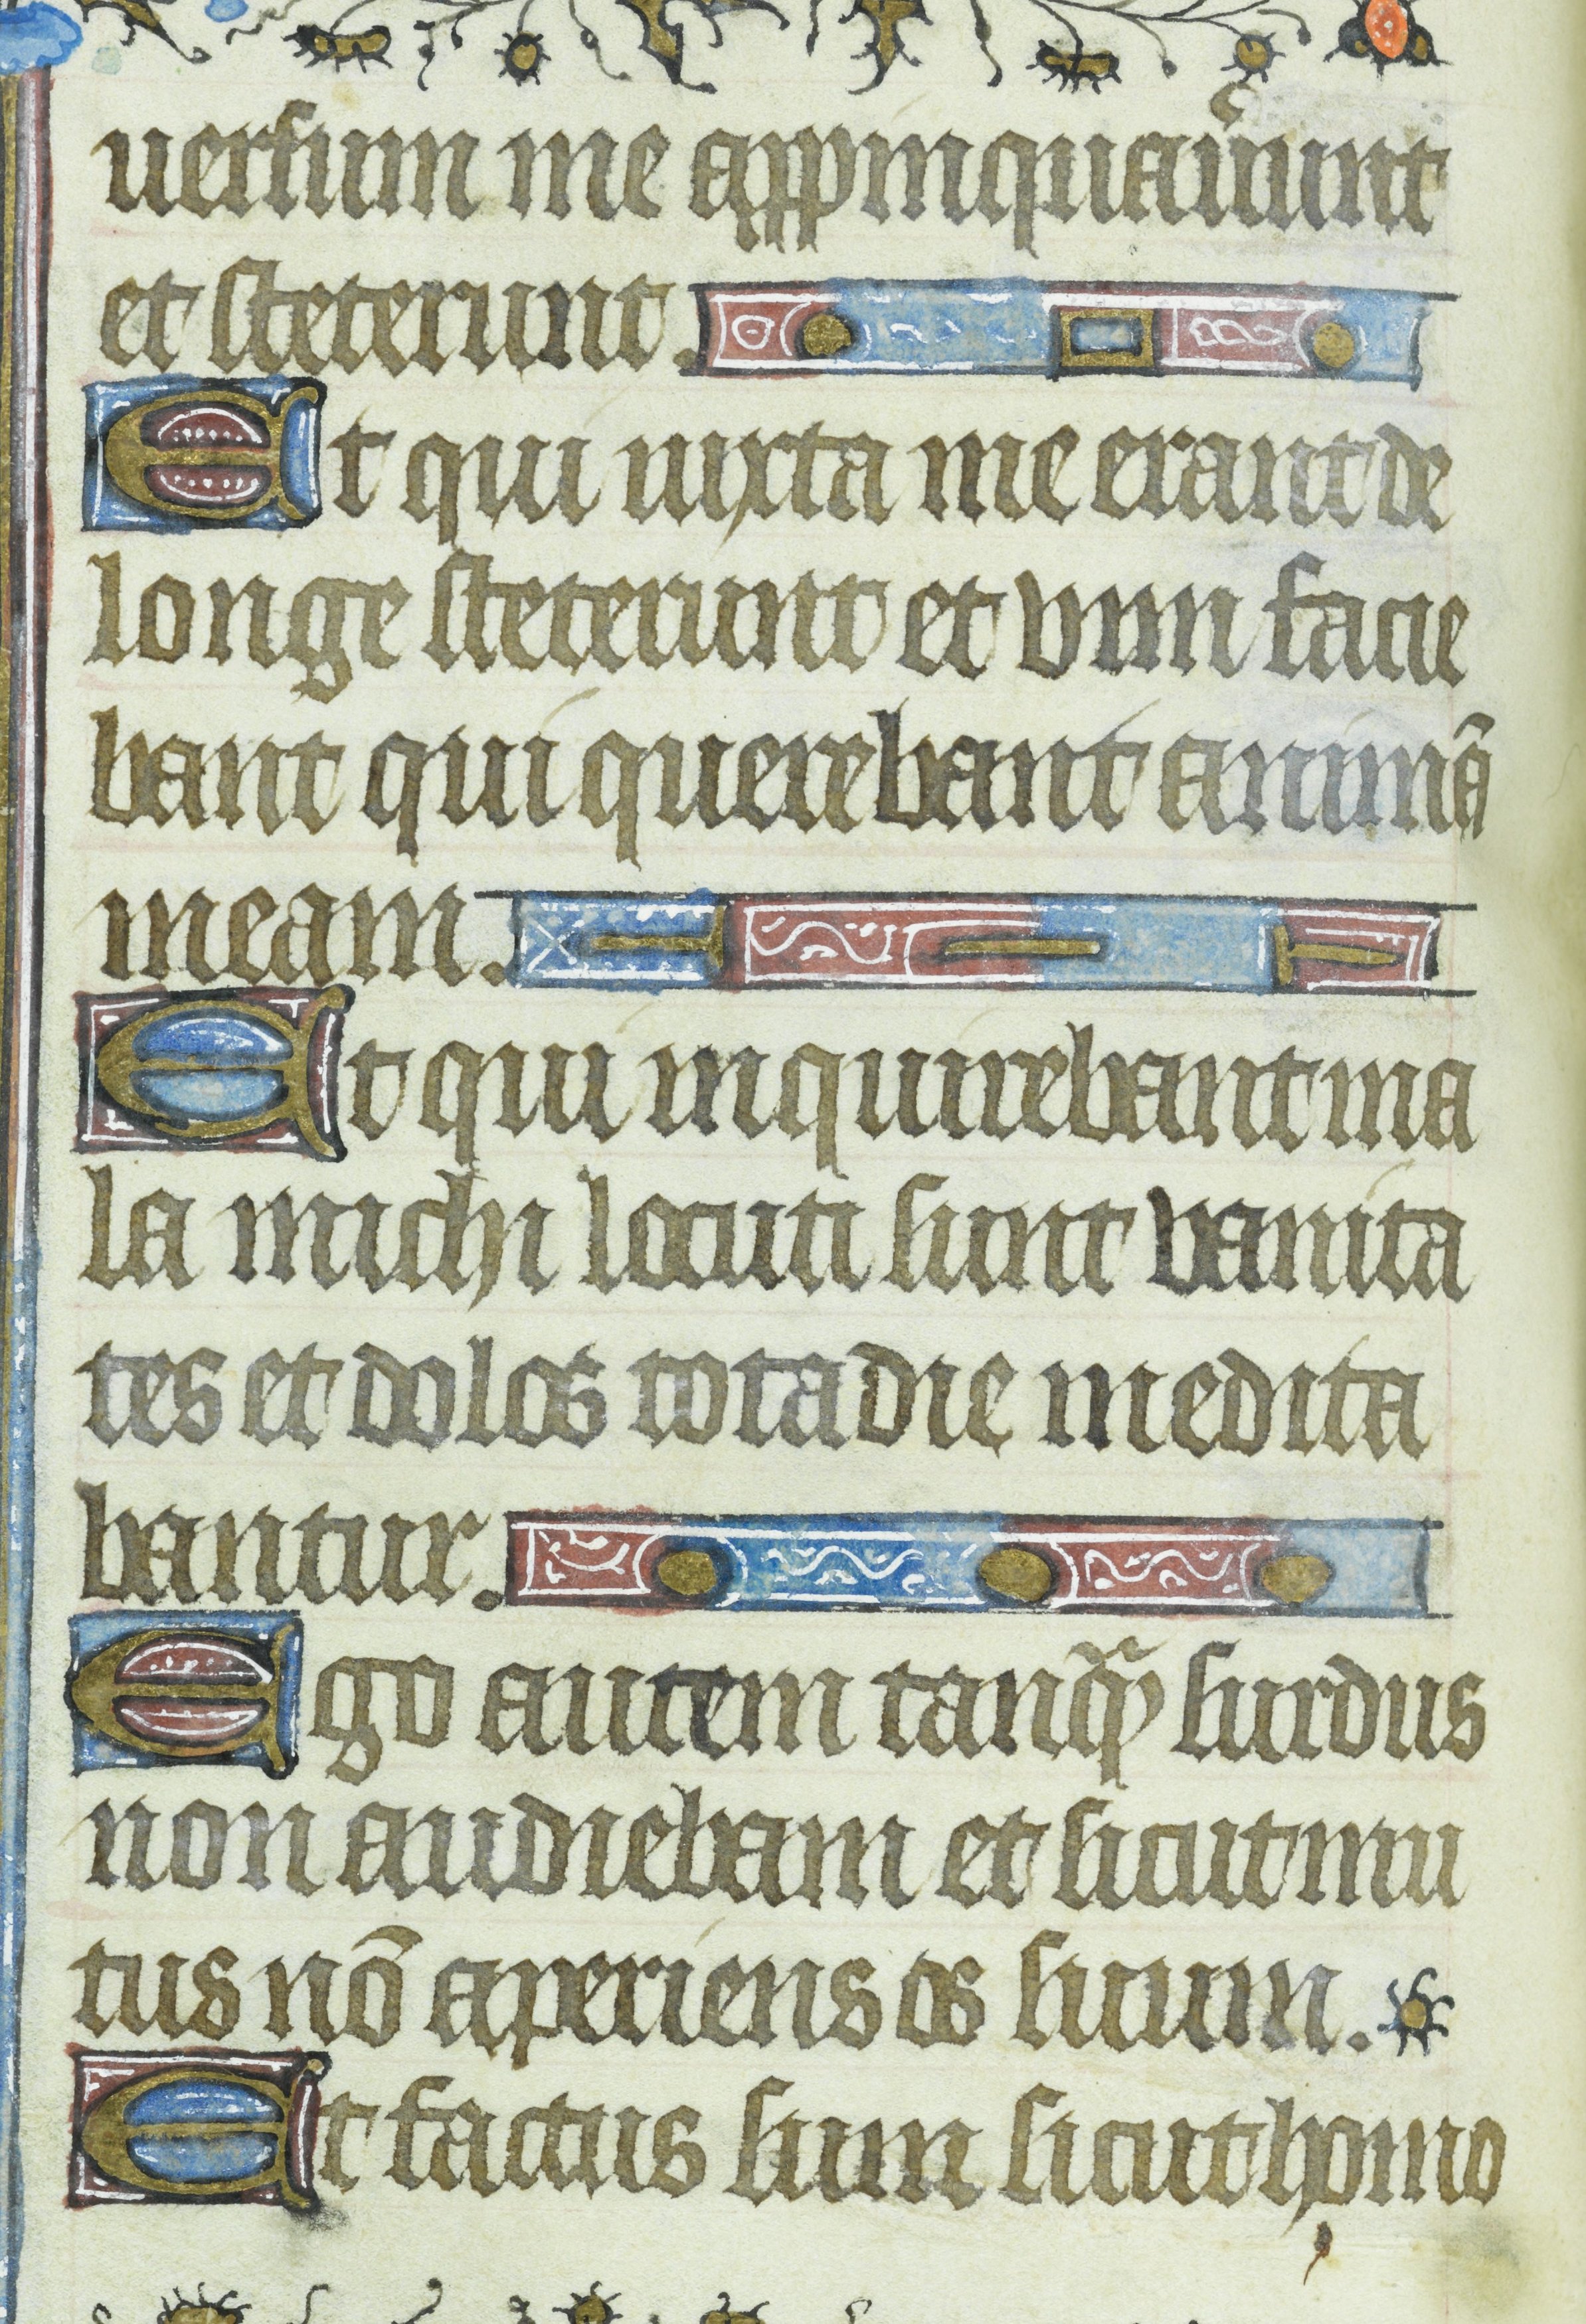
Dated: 1435–1465